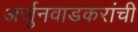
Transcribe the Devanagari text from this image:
अर्जुनवाडकरांची